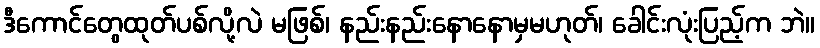
ဒီကောင်တွေထုတ်ပစ်လို့လဲ မဖြစ်၊ နည်းနည်းနောနောမှမဟုတ်၊ ခေါင်းလုံးပြည့်က ဘဲ။